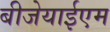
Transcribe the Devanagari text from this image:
बीजेयाईएम